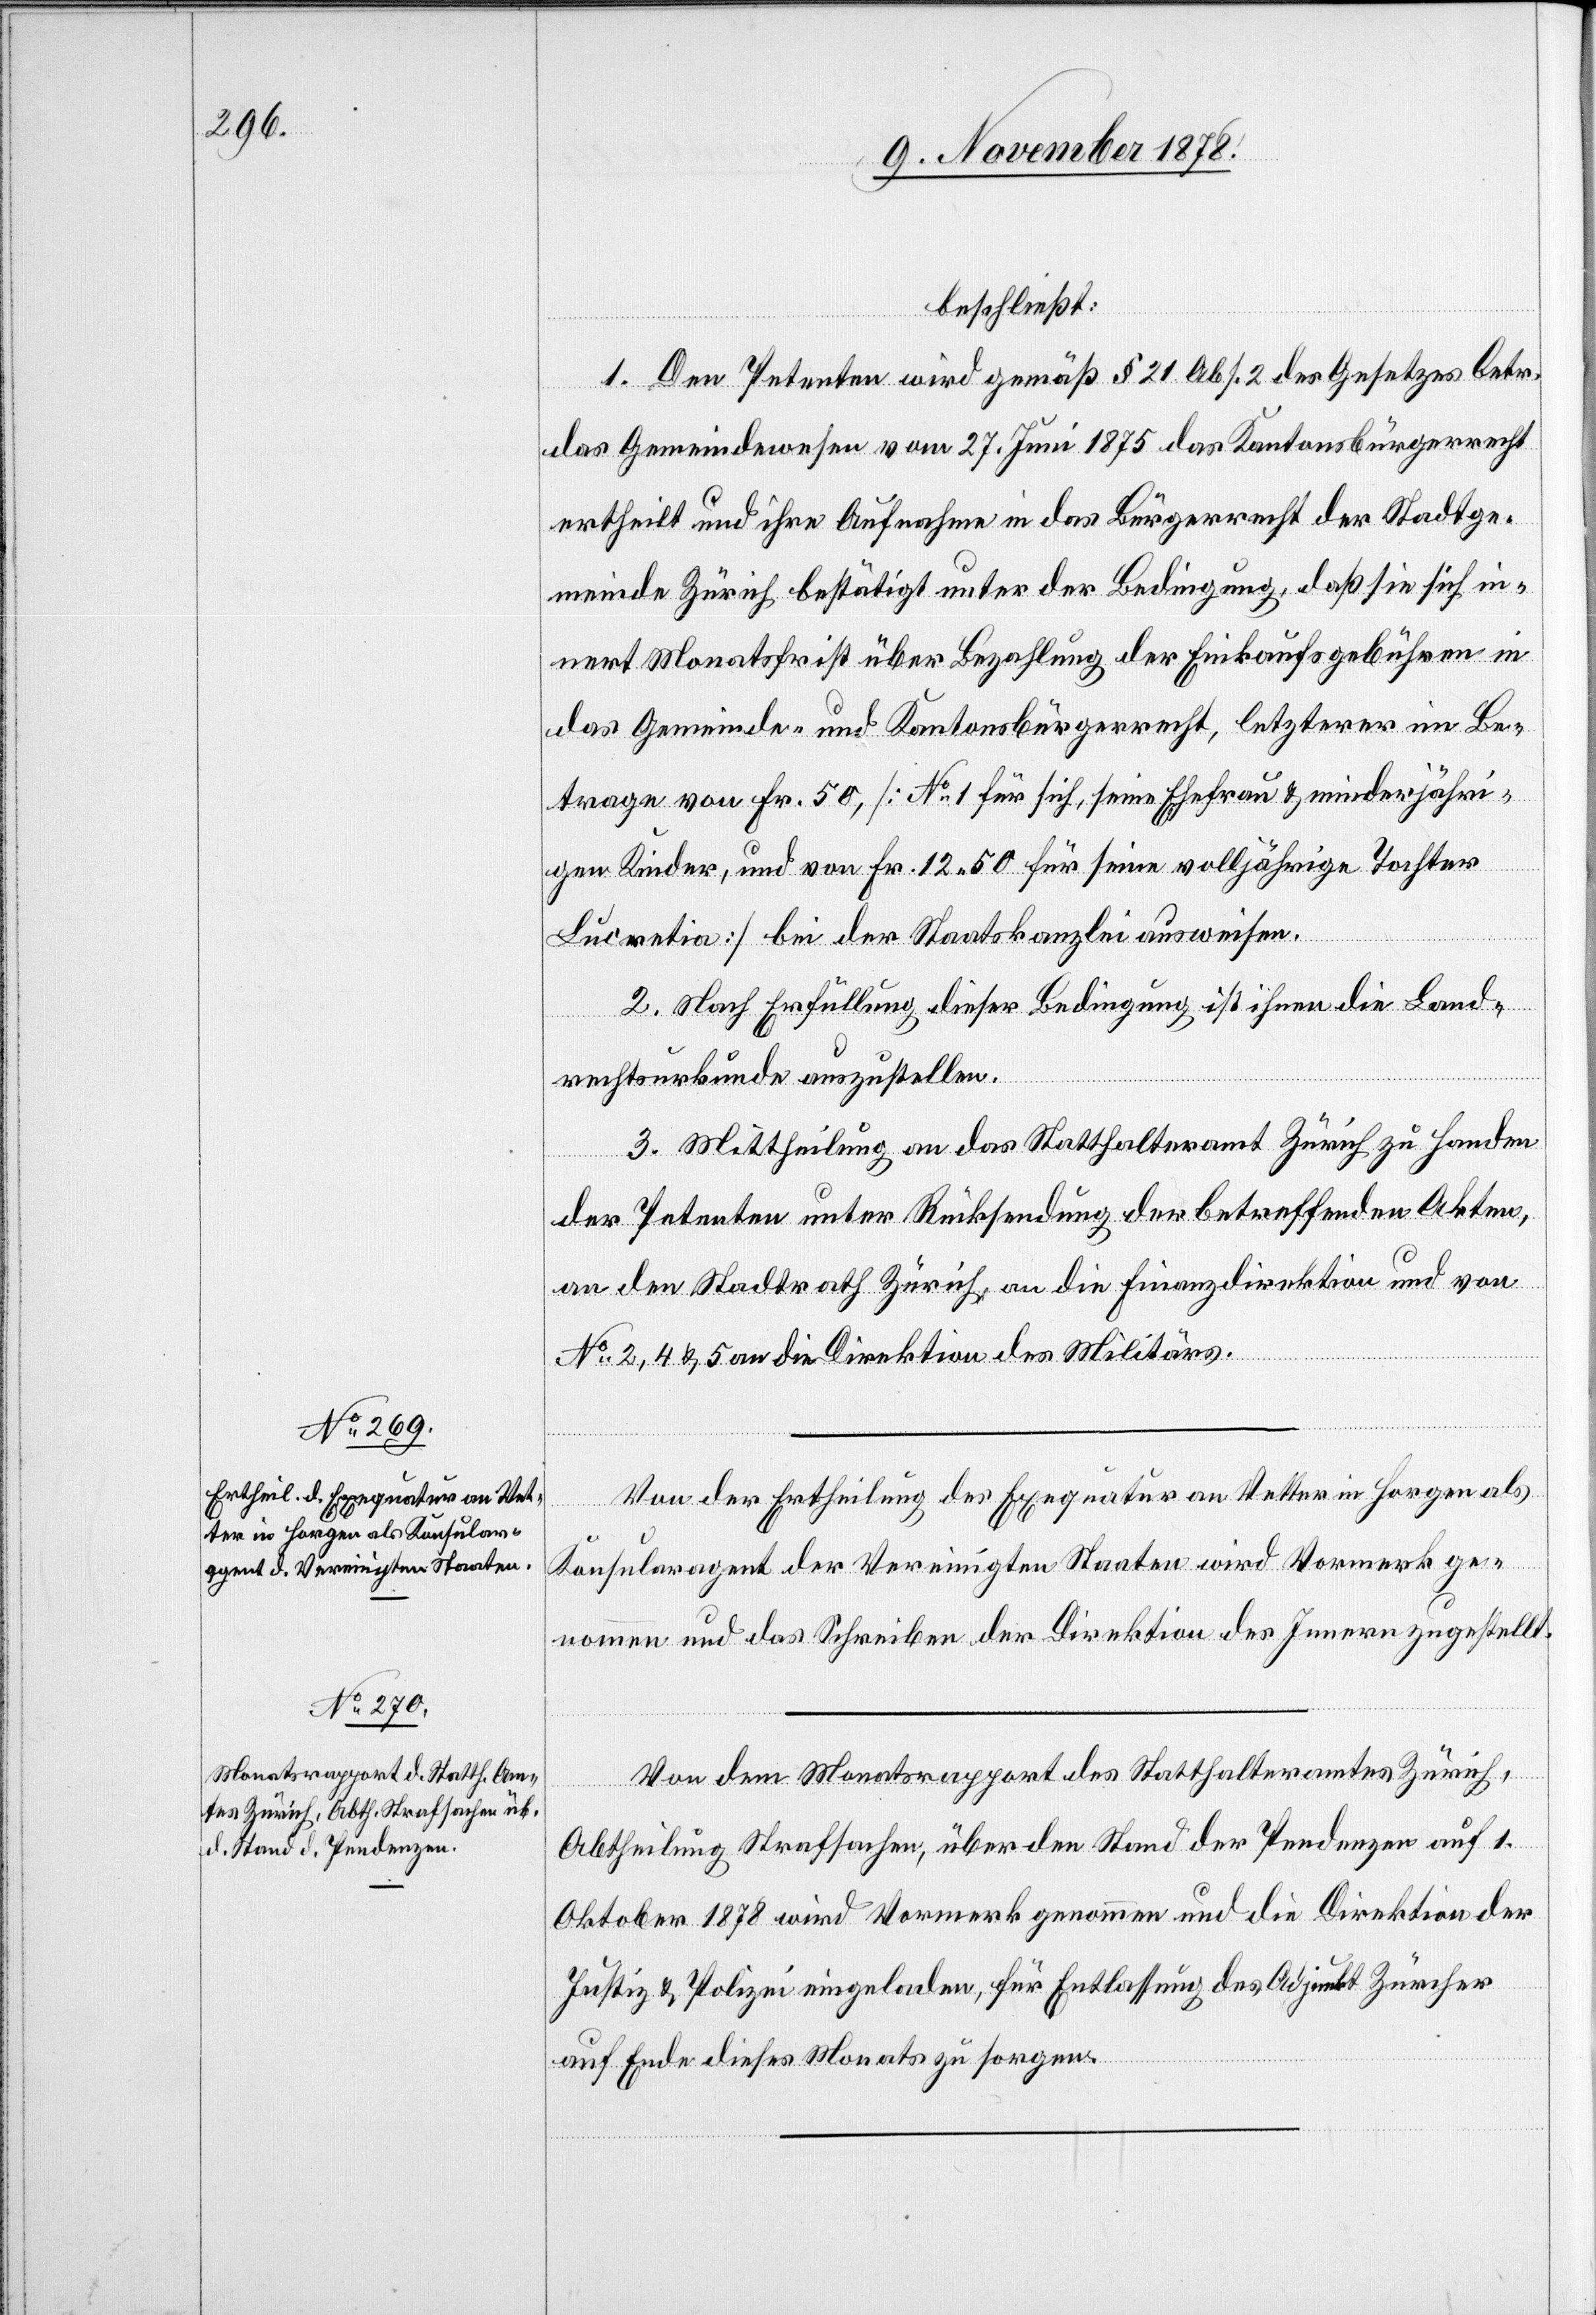
beschließt:
1. Den Petenten wird gemäß § 21 Abs. 2 des Gesetzes betr.
das Gemeindewesen vom 27. Juni 1875 das Kantonsbürgerrecht
ertheilt und ihre Aufnahme in das Bürgerrecht der Stadtge¬
meinde Zürich bestätigt unter der Bedingung, daß sie sich in¬
nert Monatsfrist über Bezahlung der Einkaufsgebühren in
das Gemeinde- und Kantonsbürgerrecht, letzterer im Be¬
trage von Fr. 50, [No 1 für sich, seine Ehefrau & minderjähri¬
gen Kinder, und von Fr. 12 50 für seine volljährige Tochter
Lucretia] bei der Staatskanzlei ausweisen.
2. Nach Erfüllung dieser Bedingung ist ihnen die Land¬
rechtsurkunde auszustellen.
3. Mittheilung an das Statthalteramt Zürich zu Handen
der Petenten unter Rücksendung der betreffenden Akten,
an den Stadtrath Zürich, an die Finanzdirektion und von
No 2, 4 & 5 an die Direktion des Militärs.
Von der Ertheilung der Exequatur an Vetter in Horgen als
Konsularagent der Vereinigten Staaten wird Vormerk ge¬
nommen und das Schreiben der Direktion des Innern zugestellt.
Von dem Monatsrapport des Statthalteramtes Zürich,
Abtheilung Strafsachen, über den Stand der Pendenzen auf 1.
Oktober 1878 wird Vormerk genommen und die Direktion der
Justiz & Polizei eingeladen, für Entlassung des Adjunkt Zürcher
auf ende dieses Monates zu sorgen.